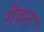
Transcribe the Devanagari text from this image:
गेवन